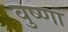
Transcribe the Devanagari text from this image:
वुष्णा